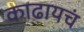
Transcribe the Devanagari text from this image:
काढायचं